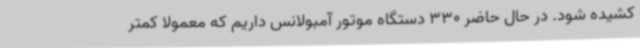
کشیده شود. در حال حاضر 330 دستگاه موتور آمبولانس داریم که معمولا کمتر